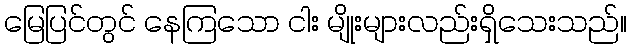
မြေပြင်တွင် နေကြသော ငါး မျိုးများလည်းရှိသေးသည်။